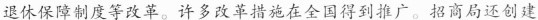
退休保障制度等改革。许多改革措施在全国得到推广。招商局还创建